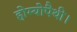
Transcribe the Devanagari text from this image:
होम्योपैथी।